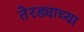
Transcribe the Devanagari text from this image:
तेरड्याच्या